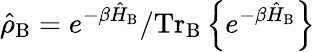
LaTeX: \hat{\rho}_{\mathrm{B}}=e^{-\beta{\hat{H}}_{\mathrm{B}}}/\mathrm{Tr}_{\mathrm{B}}\left\lbrace{e}^{-\beta{\hat{H}}_{\mathrm{B}}}\right\rbrace